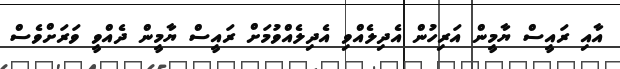
އާއި ރައީސް ޔާމީން އަރިހުން އެދިލެއްވި އެދިލެއްވުމަށް ރައީސް ޔާމީން ދެއްވީ ވަރަށްވެސް